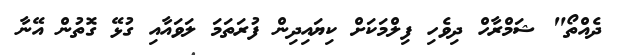
ދެއްތޯ" ޝަމްރާހް ދިވެހި ފިލްމަކަށް ކިޔައިދިން ފުރަތަމަ ލަވައާއި ގުޅޭ ގޮތުން އޭނާ